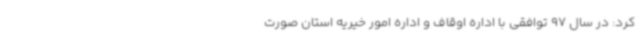
کرد: در سال 97 توافقی با اداره اوقاف و اداره امور خیریه استان صورت